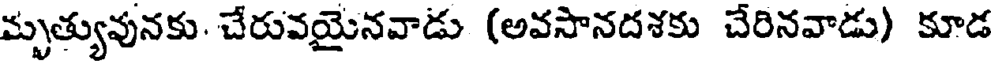
మృత్యువునకు. చేరువయైనవాడు (అవసానదశకు చేరినవాడు) కూడ